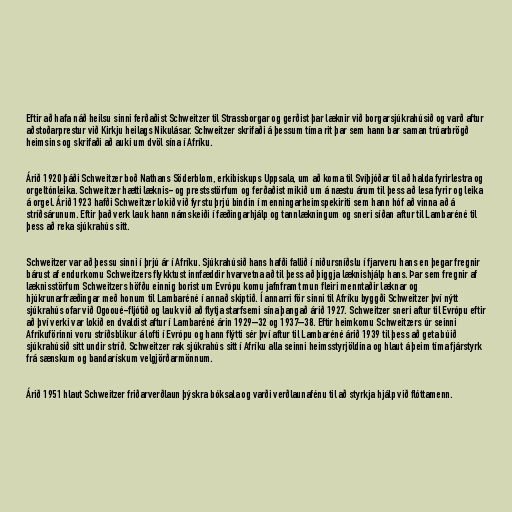
Eftir að hafa náð heilsu sinni ferðaðist Schweitzer til Strassborgar og gerðist þar læknir við borgarsjúkrahúsið og varð aftur
aðstoðarprestur við Kirkju heilags Nikulásar. Schweitzer skrifaði á þessum tíma rit þar sem hann bar saman trúarbrögð
heimsins og skrifaði að auki um dvöl sína í Afríku.

Árið 1920 þáði Schweitzer boð Nathans Söderblom, erkibiskups Uppsala, um að koma til Svíþjóðar til að halda fyrirlestra og
orgeltónleika. Schweitzer hætti læknis- og prestsstörfum og ferðaðist mikið um á næstu árum til þess að lesa fyrir og leika
á orgel. Árið 1923 hafði Schweitzer lokið við fyrstu þrjú bindin í menningarheimspekiriti sem hann hóf að vinna að á
stríðsárunum. Eftir það verk lauk hann námskeiði í fæðingarhjálp og tannlækningum og sneri síðan aftur til Lambaréné til
þess að reka sjúkrahús sitt.

Schweitzer var að þessu sinni í þrjú ár í Afríku. Sjúkrahúsið hans hafði fallið í niðursníðslu í fjarveru hans en þegar fregnir
bárust af endurkomu Schweitzers flykktust innfæddir hvarvetna að til þess að þiggja læknishjálp hans. Þar sem fregnir af
læknisstörfum Schweitzers höfðu einnig borist um Evrópu komu jafnframt mun fleiri menntaðir læknar og
hjúkrunarfræðingar með honum til Lambaréné í annað skiptið. Í annarri för sinni til Afríku byggði Schweitzer því nýtt
sjúkrahús ofar við Ogooué-fljótið og lauk við að flytja starfsemi sína þangað árið 1927. Schweitzer sneri aftur til Evrópu eftir
að því verki var lokið en dvaldist aftur í Lambaréné árin 1929–32 og 1937–38. Eftir heimkomu Schweitzers úr seinni
Afríkuförinni voru stríðsblikur á lofti í Evrópu og hann flýtti sér því aftur til Lambaréné árið 1939 til þess að geta búið
sjúkrahúsið sitt undir stríð. Schweitzer rak sjúkrahús sitt í Afríku alla seinni heimsstyrjöldina og hlaut á þeim tíma fjárstyrk
frá sænskum og bandarískum velgjörðarmönnum.

Árið 1951 hlaut Schweitzer friðarverðlaun þýskra bóksala og varði verðlaunafénu til að styrkja hjálp við flóttamenn.